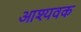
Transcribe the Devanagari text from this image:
आश्यवक